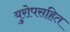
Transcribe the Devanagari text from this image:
युरोपसहित